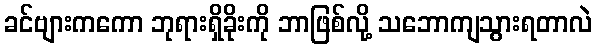
ခင်ဗျားကကော ဘုရားရှိခိုးကို ဘာဖြစ်လို့ သဘောကျသွားရတာလဲ